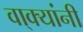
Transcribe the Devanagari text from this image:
वा्क्यांनी